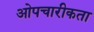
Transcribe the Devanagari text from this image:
ओपचारीकता